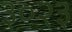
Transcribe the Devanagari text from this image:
३०२३